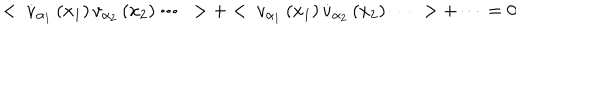
LaTeX: < ~ \dot { v } _ { \alpha _ { 1 } } \left( x _ { 1 } \right) v _ { \alpha _ { 2 } } \left( x _ { 2 } \right) \cdots ~ > + < ~ v _ { \alpha _ { 1 } } \left( x _ { 1 } \right) \dot { v } _ { \alpha _ { 2 } } \left( x _ { 2 } \right) \cdots ~ > + \cdots = 0